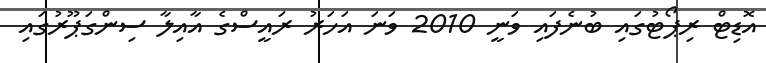
އޮޑިޓް ރިޕޯޓުގައި ބުނެފައި ވަނީ 2010 ވަނަ އަހަރު ރައީސްގެ އާއިލާ ސިންގަޕޫރުގައި